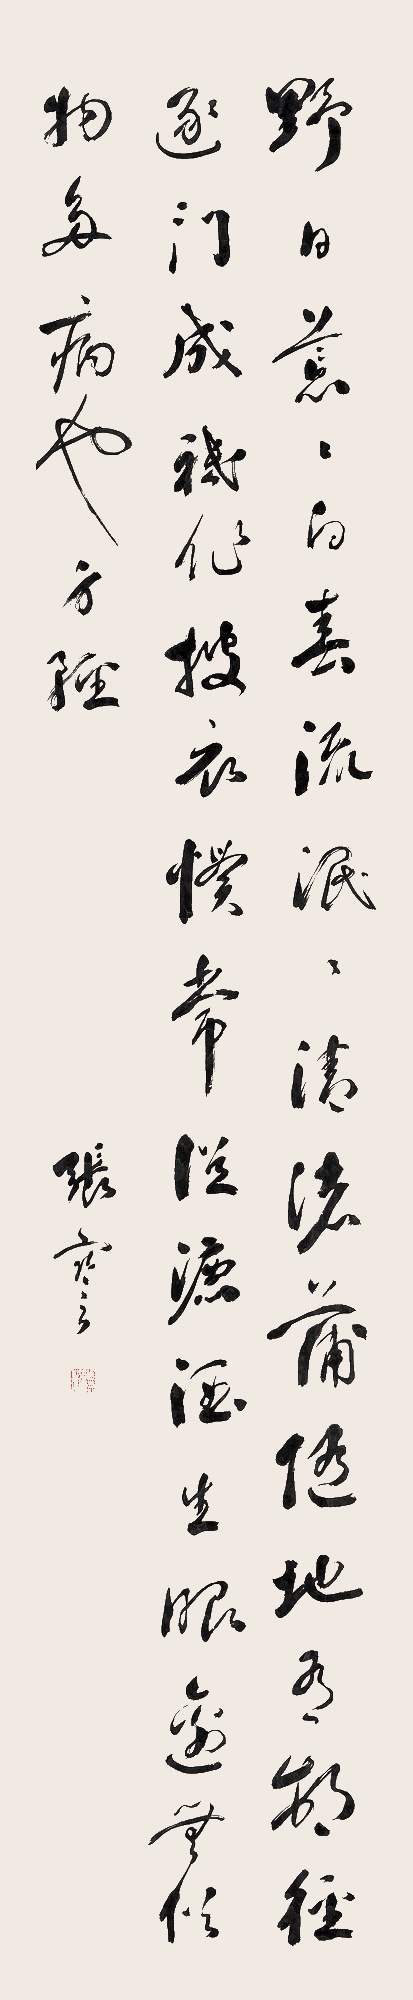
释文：野日荒荒白
春流泯泯清
渚蒲随地有
村径逐门成
只作披衣惯
常从漉酒生
眼前无俗物
多病也身轻题 识 张謇。